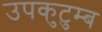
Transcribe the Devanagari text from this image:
उपकुटुम्ब